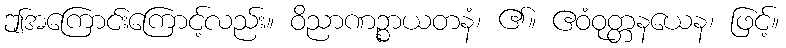
ဤအကြောင်းကြောင့်လည်း။ ဝိညာဏဉ္စာယတနံ၊ ၏။ ဧဝံဝုတ္တနယေန၊ ဖြင့်။